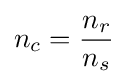
n_{c}={\frac {n_{r}}{n_{s}}}